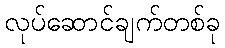
လုပ်ဆောင်ချက်တစ်ခု